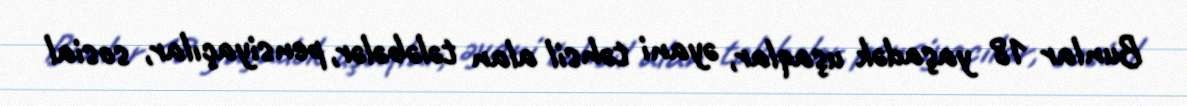
Bunlar 18 yaşadək uşaqlar, əyani təhsil alan tələbələr, pensiyaçılar, sosial